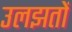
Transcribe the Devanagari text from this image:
उलझतों